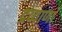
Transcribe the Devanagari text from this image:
द्रव्याणां